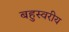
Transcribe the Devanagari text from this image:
बहुस्वरीय